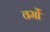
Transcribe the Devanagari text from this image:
वर्मों